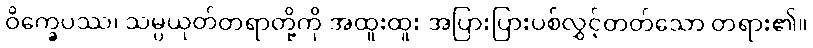
ဝိက္ခေပဿ၊ သမ္ပယုတ်တရာတို့ကို အထူးထူး အပြားပြားပစ်လွှင့်တတ်သော တရား၏။